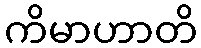
ကိမာဟာတိ